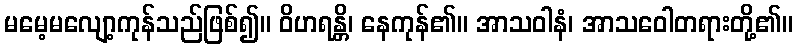
မမေ့မလျော့ကုန်သည်ဖြစ်၍။ ဝိဟရန္တိ၊ နေကုန်၏။ အာသဝါနံ၊ အာသဝေါတရားတို့၏။